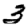
Digit: 3